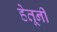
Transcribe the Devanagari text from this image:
हेतूनी